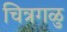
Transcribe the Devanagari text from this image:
चित्रगळु